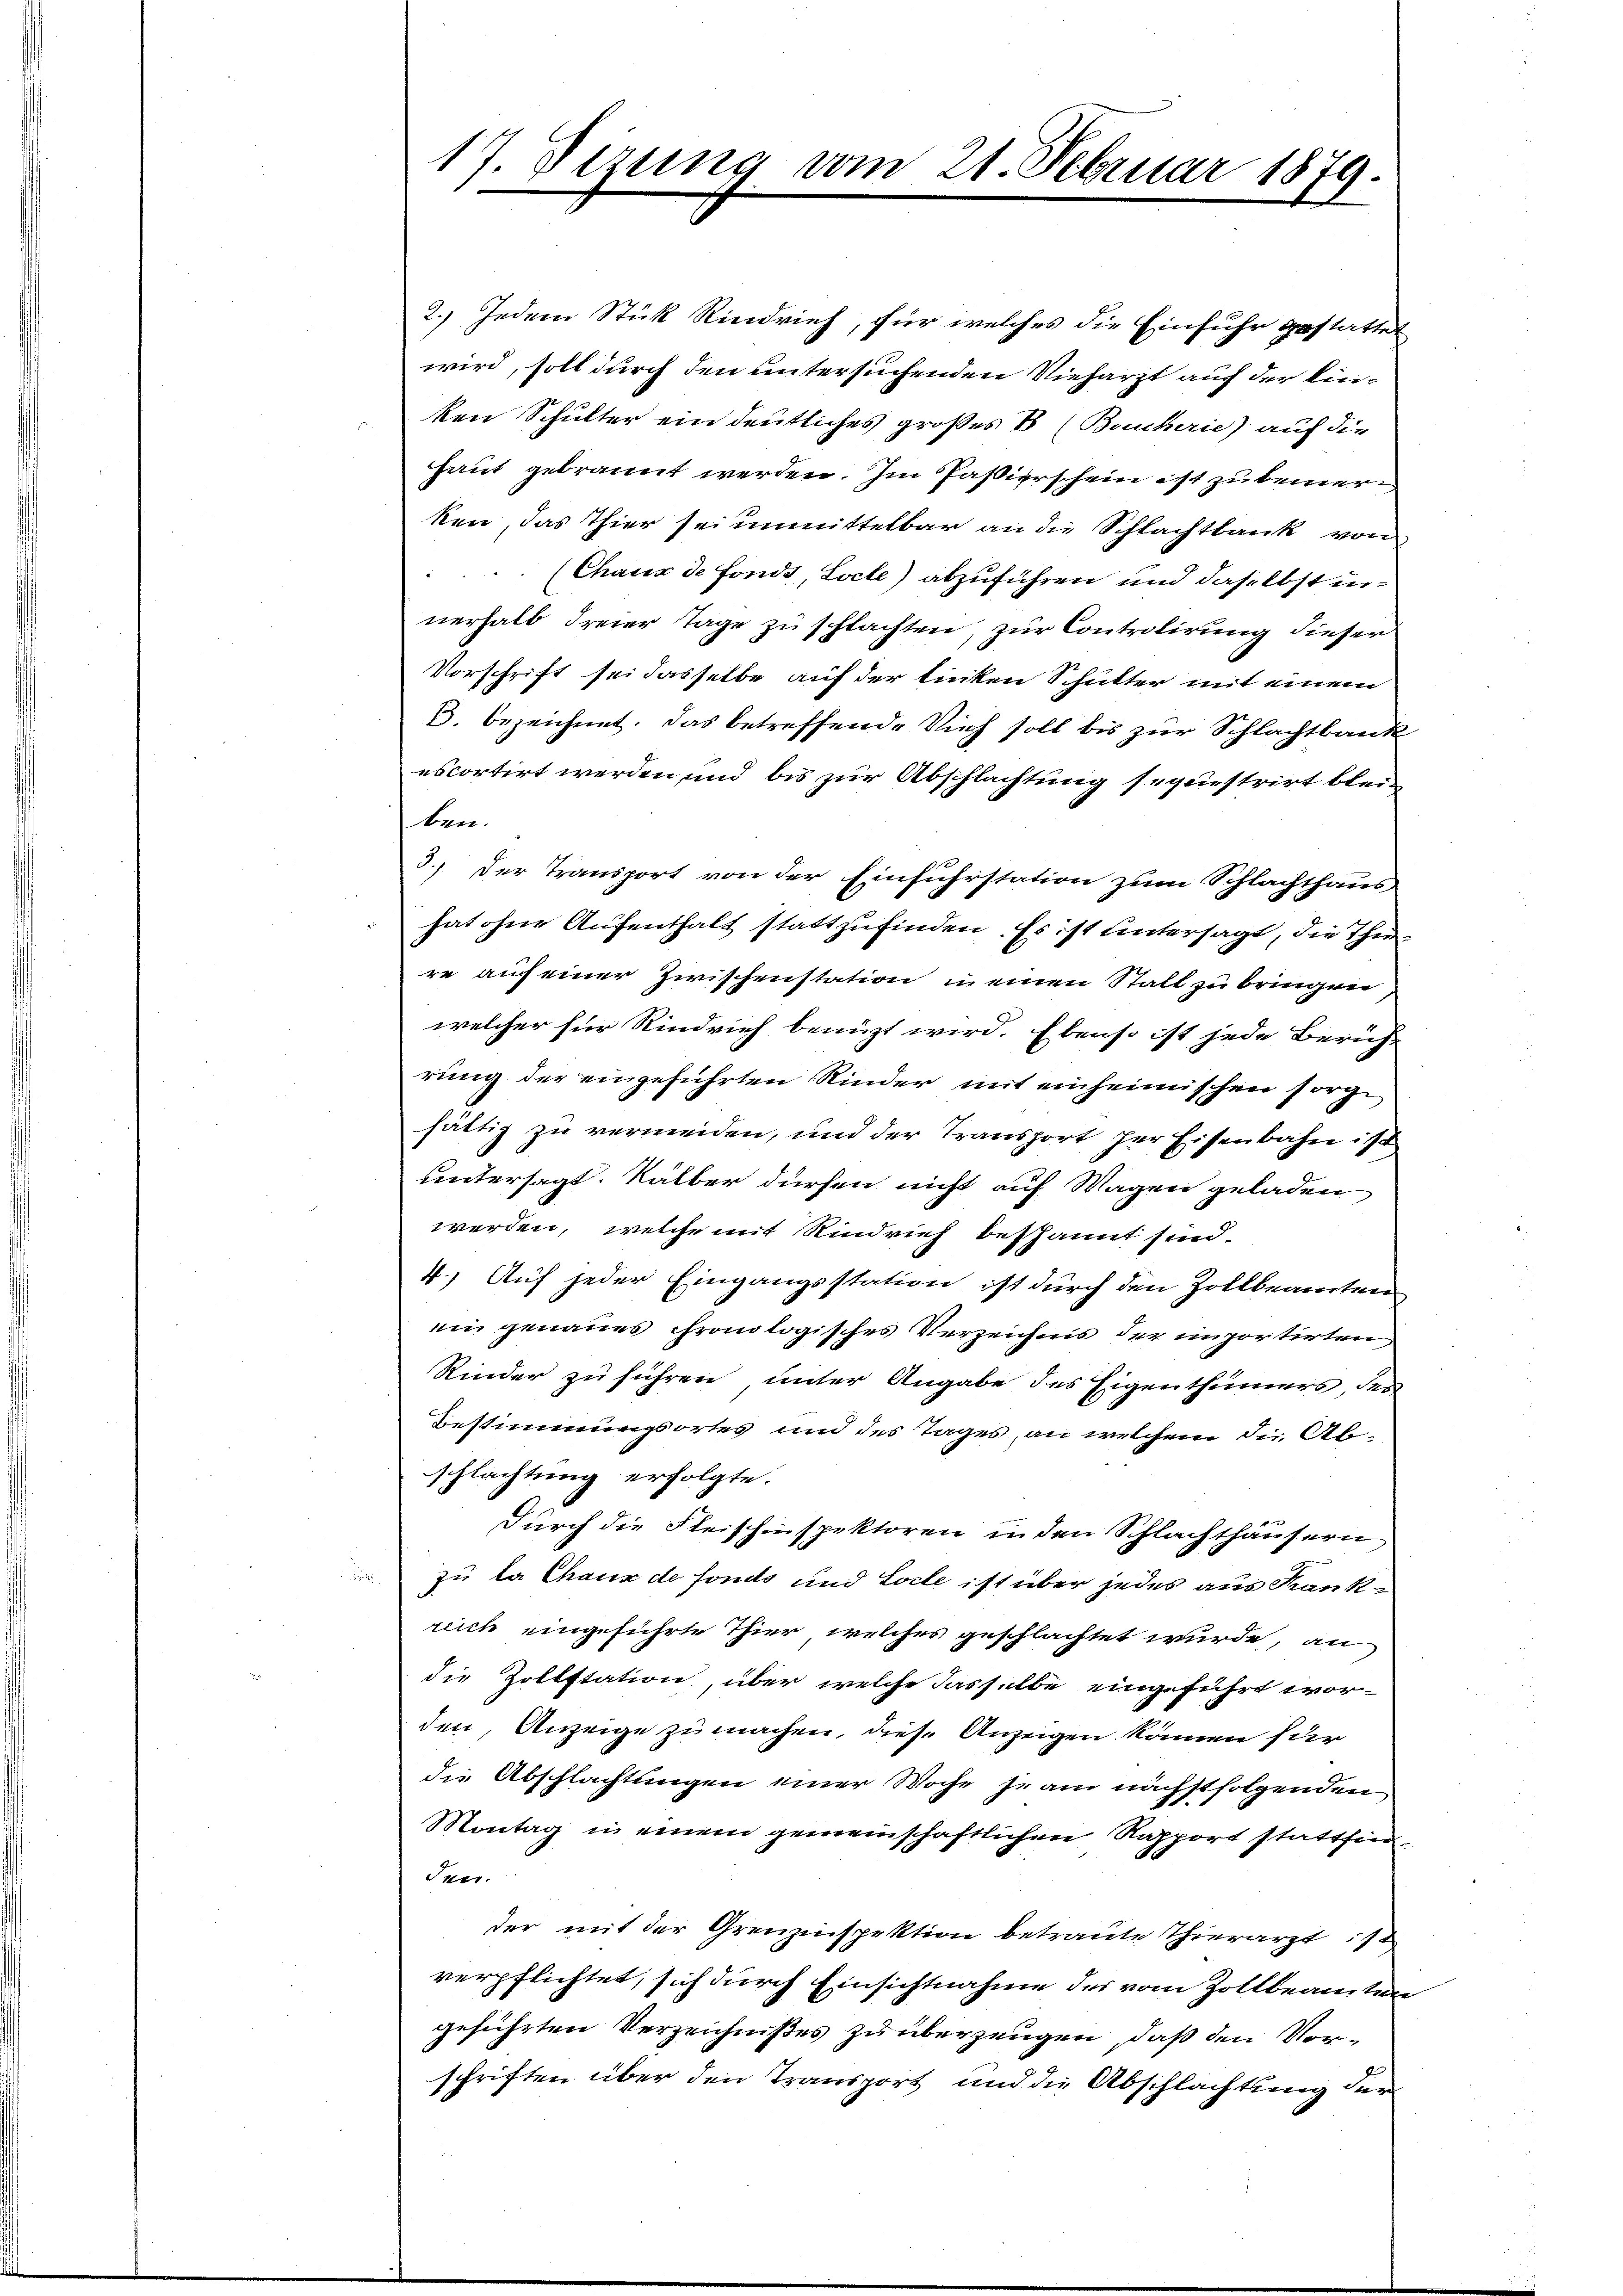
17. Dezung vom 21. Februar 1879.

2.) Jedem Stück Rindvieh, für welches die Einfuhr gestattet
wird, soll durch den untersuchenden Vieharzt auf der Einken Schulter ein deutliches großes B (Bauterie) auf die
haut gebrannt werden. Im Passierschein ist zu bemerken, das Thier sei unmittelbar an die Schlachtbank von
(Chaus de Fonds, Socte) abzuführen und daselbst innerhalb dreier Tage zu schlachten, zur Controlirung dieser
Vorschrift sei dasselbe auf der linken Schulter mit einem
S. bezeichnet. Das betreffende Sich soll bis zur Schlachtbank
escortirt werden und bis zur Abschlachtung sequestrirt bleiben.
3.) Der Transport von der Einfuhrstation zum Schlachthaus
hat ohne Aufenthalt stattzufinden. Es ist untersagt, die Thiere auch einer Zwischenstation in einen Statt zu bringen
welcher für Rindvieh benüzt wird. Ebenso ist jede Bericht
rung der eingeführten Kinder mit einheimischen sorge
fältig zu vermeiden, und der Transport der Eisenbahn ist
untersagt. Kälber dürfen nicht auf Magen geladen
werden, welche mit Rindrief bespannt sind.
4.) Auf jeder Eingangsstation ist durch den Zollbeamten
ein genaues chronologisches Verzeichnis der importirten
Rinder zu führen unter Angabe des Eigenthümers, des
Bestimmungsortes und des Tages, an welchem die Ab-
schlachtung erfolgte.
durch die Fleischinspektoren in den Schlachthäusern
zu la Chaux de fonds und Loche ist über jedes aus Frankreich eingeführte Thier, welches geschlachtet wurde, an
die Zollstation, über welche dasselbe eingeführt wor-
den, Anzeige zu machen, diese Anzeigen können für
die Abschlachtungen einer Woche se am nächstfolgenden
Montag in einem gemeinschaftlichen Rapport stattfin¬
Suir.
der mit der Grenzinspektion betraute Thierarzt
verpflichtet, sich durch Einsichtnahme der vom Zollbeamten
geführten Verzeichnißes zu überzeugen, daß den Vorschriften über den Transport und die Abschlachtung der